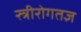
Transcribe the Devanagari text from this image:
स्त्रीरोगतज्ञ